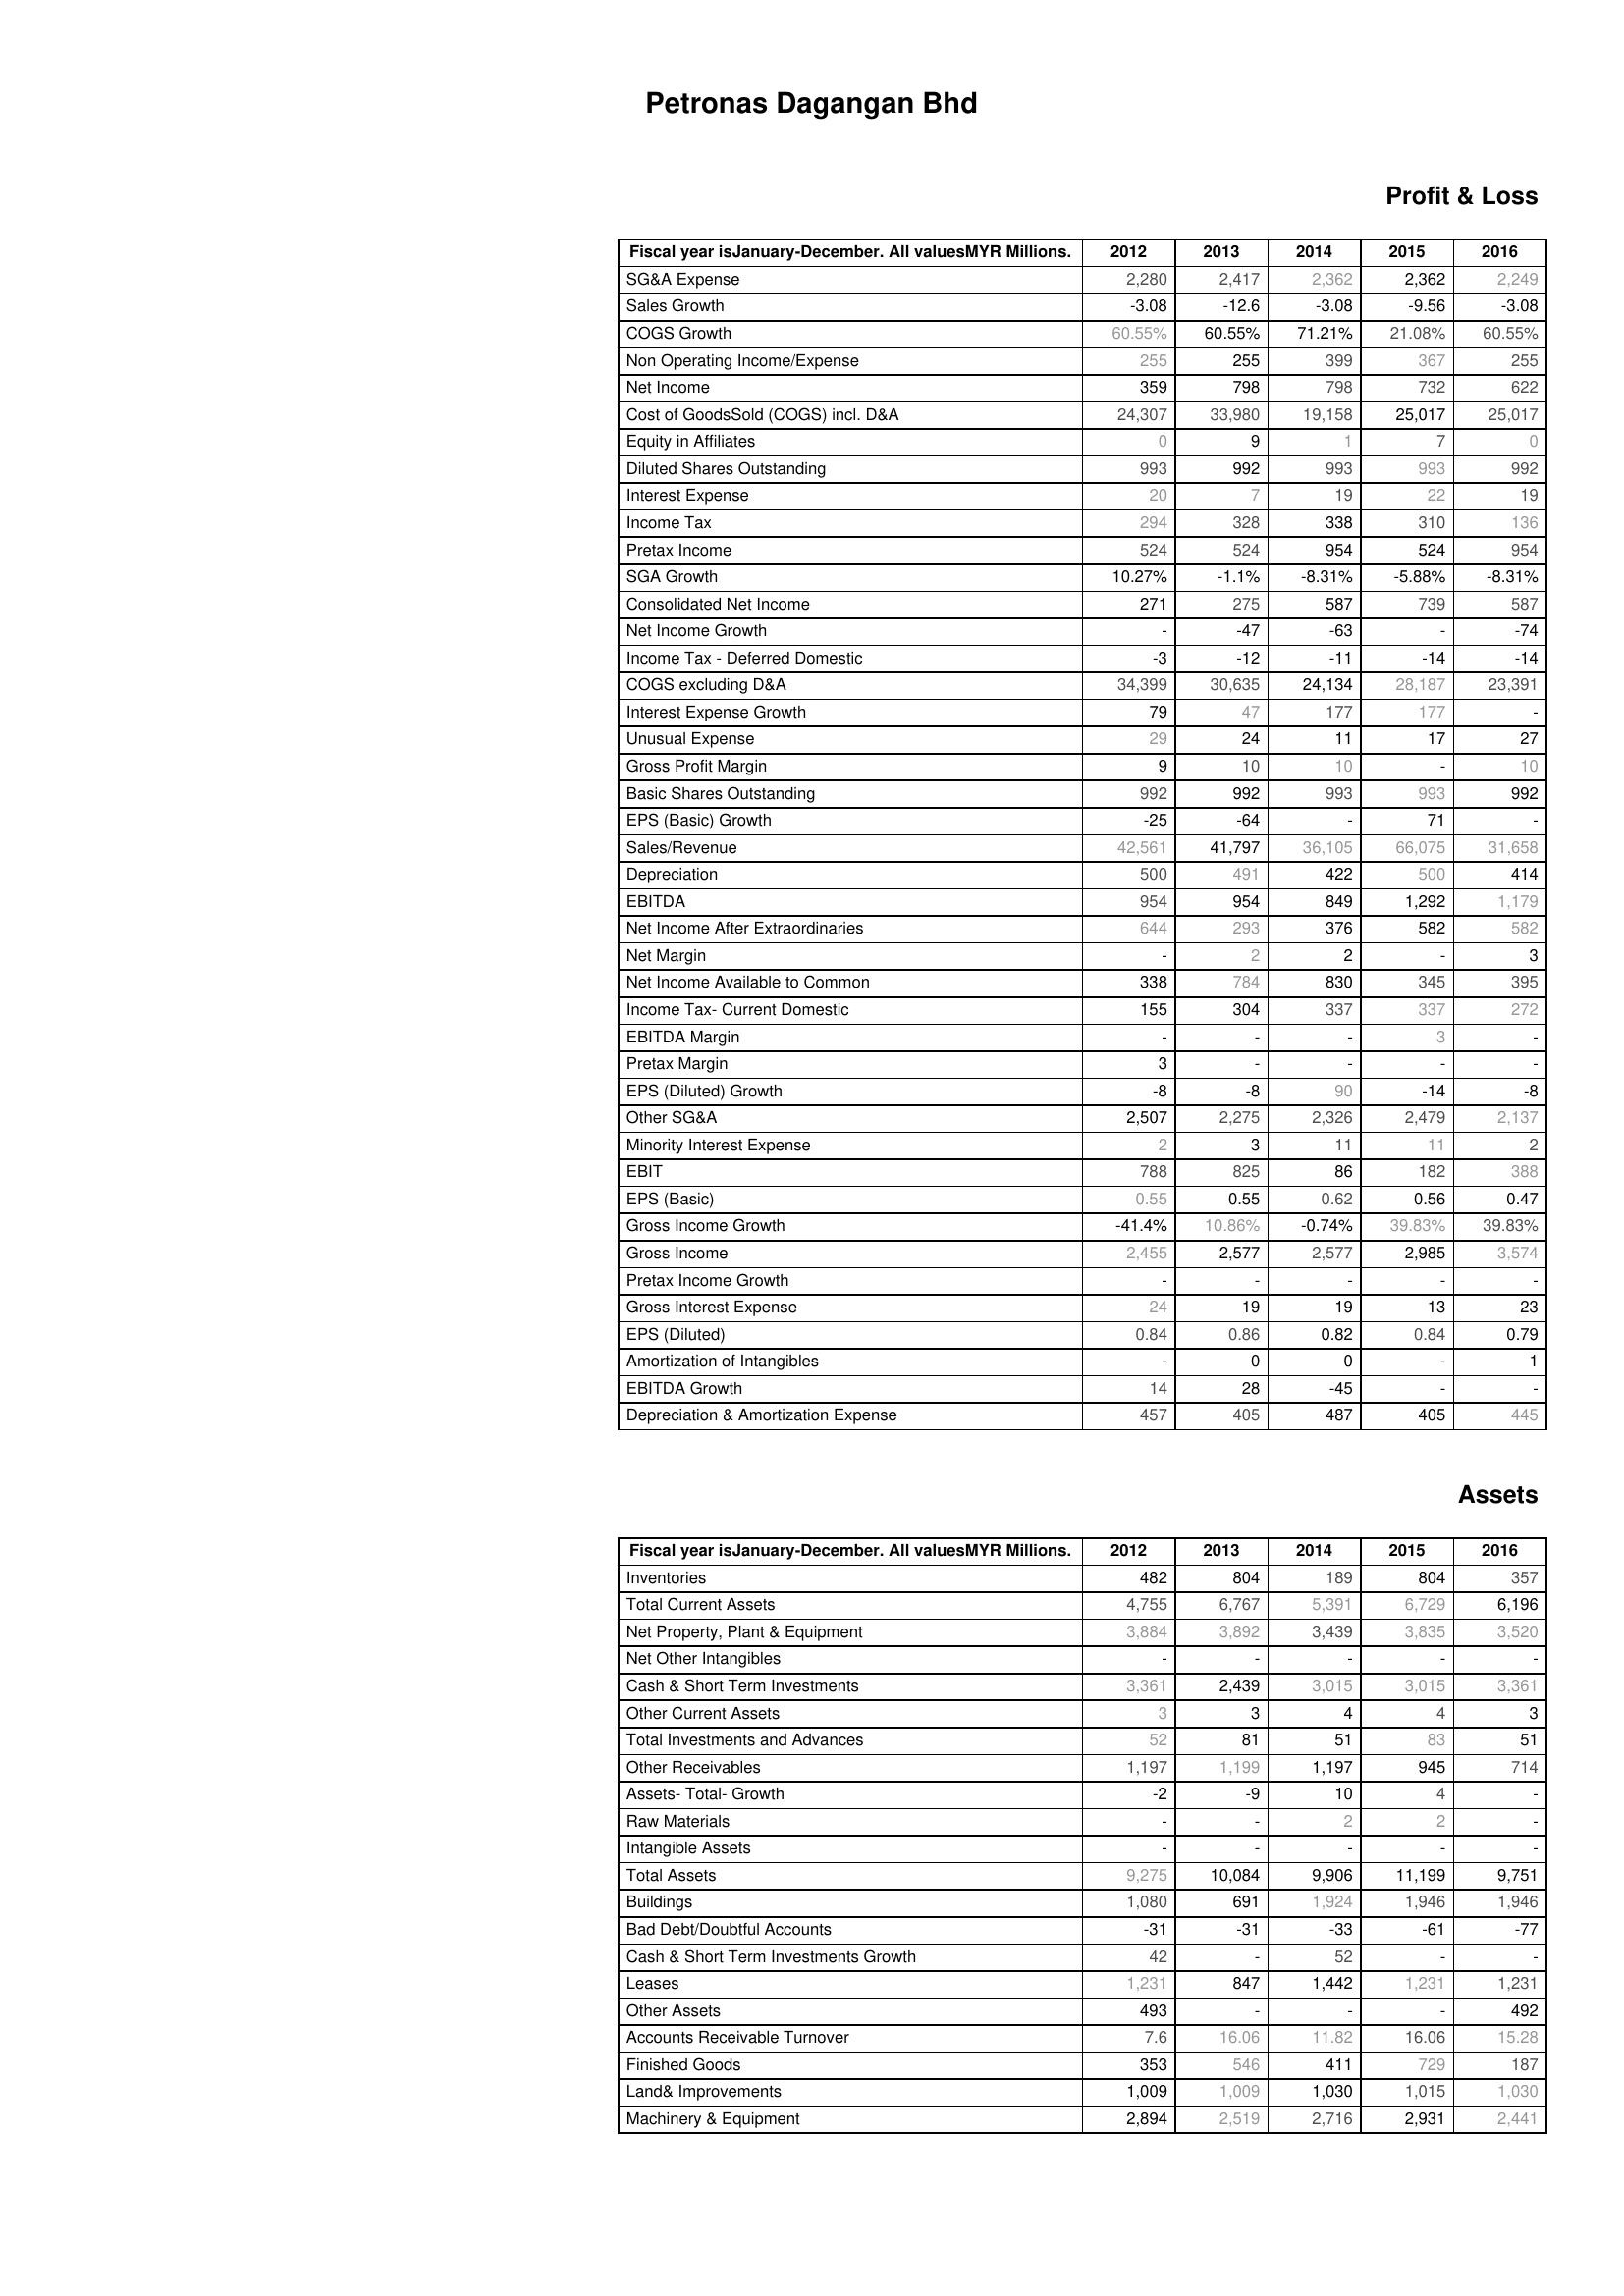
2012: Profit & Loss: SG&A Expense: 2,280
Sales Growth: -3.08
COGS Growth: 60.55%
Non Operating Income/Expense: 255
Net Income: 359
Cost of GoodsSold (COGS) incl. D&A: 24,307
Equity in Affiliates: 0
Diluted Shares Outstanding: 993
Interest Expense: 20
Income Tax: 294
Pretax Income: 524
SGA Growth: 10.27%
Consolidated Net Income: 271
Net Income Growth: -
Income Tax - Deferred Domestic: -3
COGS excluding D&A: 34,399
Interest Expense Growth: 79
Unusual Expense: 29
Gross Profit Margin: 9
Basic Shares Outstanding: 992
EPS (Basic) Growth: -25
Sales/Revenue: 42,561
Depreciation: 500
EBITDA: 954
Net Income After Extraordinaries: 644
Net Margin: -
Net Income Available to Common: 338
Income Tax- Current Domestic: 155
EBITDA Margin: -
Pretax Margin: 3
EPS (Diluted) Growth: -8
Other SG&A: 2,507
Minority Interest Expense: 2
EBIT: 788
EPS (Basic): 0.55
Gross Income Growth: -41.4%
Gross Income: 2,455
Pretax Income Growth: -
Gross Interest Expense: 24
EPS (Diluted): 0.84
Amortization of Intangibles: -
EBITDA Growth: 14
Depreciation & Amortization Expense: 457
Assets: Inventories: 482
Total Current Assets: 4,755
Net Property, Plant & Equipment: 3,884
Net Other Intangibles: -
Cash & Short Term Investments: 3,361
Other Current Assets: 3
Total Investments and Advances: 52
Other Receivables: 1,197
Assets- Total- Growth: -2
Raw Materials: -
Intangible Assets: -
Total Assets: 9,275
Buildings: 1,080
Bad Debt/Doubtful Accounts: -31
Cash & Short Term Investments Growth: 42
Leases: 1,231
Other Assets: 493
Accounts Receivable Turnover: 7.6
Finished Goods: 353
Land& Improvements: 1,009
Machinery & Equipment: 2,894
2013: Profit & Loss: SG&A Expense: 2,417
Sales Growth: -12.6
COGS Growth: 60.55%
Non Operating Income/Expense: 255
Net Income: 798
Cost of GoodsSold (COGS) incl. D&A: 33,980
Equity in Affiliates: 9
Diluted Shares Outstanding: 992
Interest Expense: 7
Income Tax: 328
Pretax Income: 524
SGA Growth: -1.1%
Consolidated Net Income: 275
Net Income Growth: -47
Income Tax - Deferred Domestic: -12
COGS excluding D&A: 30,635
Interest Expense Growth: 47
Unusual Expense: 24
Gross Profit Margin: 10
Basic Shares Outstanding: 992
EPS (Basic) Growth: -64
Sales/Revenue: 41,797
Depreciation: 491
EBITDA: 954
Net Income After Extraordinaries: 293
Net Margin: 2
Net Income Available to Common: 784
Income Tax- Current Domestic: 304
EBITDA Margin: -
Pretax Margin: -
EPS (Diluted) Growth: -8
Other SG&A: 2,275
Minority Interest Expense: 3
EBIT: 825
EPS (Basic): 0.55
Gross Income Growth: 10.86%
Gross Income: 2,577
Pretax Income Growth: -
Gross Interest Expense: 19
EPS (Diluted): 0.86
Amortization of Intangibles: 0
EBITDA Growth: 28
Depreciation & Amortization Expense: 405
Assets: Inventories: 804
Total Current Assets: 6,767
Net Property, Plant & Equipment: 3,892
Net Other Intangibles: -
Cash & Short Term Investments: 2,439
Other Current Assets: 3
Total Investments and Advances: 81
Other Receivables: 1,199
Assets- Total- Growth: -9
Raw Materials: -
Intangible Assets: -
Total Assets: 10,084
Buildings: 691
Bad Debt/Doubtful Accounts: -31
Cash & Short Term Investments Growth: -
Leases: 847
Other Assets: -
Accounts Receivable Turnover: 16.06
Finished Goods: 546
Land& Improvements: 1,009
Machinery & Equipment: 2,519
2014: Profit & Loss: SG&A Expense: 2,362
Sales Growth: -3.08
COGS Growth: 71.21%
Non Operating Income/Expense: 399
Net Income: 798
Cost of GoodsSold (COGS) incl. D&A: 19,158
Equity in Affiliates: 1
Diluted Shares Outstanding: 993
Interest Expense: 19
Income Tax: 338
Pretax Income: 954
SGA Growth: -8.31%
Consolidated Net Income: 587
Net Income Growth: -63
Income Tax - Deferred Domestic: -11
COGS excluding D&A: 24,134
Interest Expense Growth: 177
Unusual Expense: 11
Gross Profit Margin: 10
Basic Shares Outstanding: 993
EPS (Basic) Growth: -
Sales/Revenue: 36,105
Depreciation: 422
EBITDA: 849
Net Income After Extraordinaries: 376
Net Margin: 2
Net Income Available to Common: 830
Income Tax- Current Domestic: 337
EBITDA Margin: -
Pretax Margin: -
EPS (Diluted) Growth: 90
Other SG&A: 2,326
Minority Interest Expense: 11
EBIT: 86
EPS (Basic): 0.62
Gross Income Growth: -0.74%
Gross Income: 2,577
Pretax Income Growth: -
Gross Interest Expense: 19
EPS (Diluted): 0.82
Amortization of Intangibles: 0
EBITDA Growth: -45
Depreciation & Amortization Expense: 487
Assets: Inventories: 189
Total Current Assets: 5,391
Net Property, Plant & Equipment: 3,439
Net Other Intangibles: -
Cash & Short Term Investments: 3,015
Other Current Assets: 4
Total Investments and Advances: 51
Other Receivables: 1,197
Assets- Total- Growth: 10
Raw Materials: 2
Intangible Assets: -
Total Assets: 9,906
Buildings: 1,924
Bad Debt/Doubtful Accounts: -33
Cash & Short Term Investments Growth: 52
Leases: 1,442
Other Assets: -
Accounts Receivable Turnover: 11.82
Finished Goods: 411
Land& Improvements: 1,030
Machinery & Equipment: 2,716
2015: Profit & Loss: SG&A Expense: 2,362
Sales Growth: -9.56
COGS Growth: 21.08%
Non Operating Income/Expense: 367
Net Income: 732
Cost of GoodsSold (COGS) incl. D&A: 25,017
Equity in Affiliates: 7
Diluted Shares Outstanding: 993
Interest Expense: 22
Income Tax: 310
Pretax Income: 524
SGA Growth: -5.88%
Consolidated Net Income: 739
Net Income Growth: -
Income Tax - Deferred Domestic: -14
COGS excluding D&A: 28,187
Interest Expense Growth: 177
Unusual Expense: 17
Gross Profit Margin: -
Basic Shares Outstanding: 993
EPS (Basic) Growth: 71
Sales/Revenue: 66,075
Depreciation: 500
EBITDA: 1,292
Net Income After Extraordinaries: 582
Net Margin: -
Net Income Available to Common: 345
Income Tax- Current Domestic: 337
EBITDA Margin: 3
Pretax Margin: -
EPS (Diluted) Growth: -14
Other SG&A: 2,479
Minority Interest Expense: 11
EBIT: 182
EPS (Basic): 0.56
Gross Income Growth: 39.83%
Gross Income: 2,985
Pretax Income Growth: -
Gross Interest Expense: 13
EPS (Diluted): 0.84
Amortization of Intangibles: -
EBITDA Growth: -
Depreciation & Amortization Expense: 405
Assets: Inventories: 804
Total Current Assets: 6,729
Net Property, Plant & Equipment: 3,835
Net Other Intangibles: -
Cash & Short Term Investments: 3,015
Other Current Assets: 4
Total Investments and Advances: 83
Other Receivables: 945
Assets- Total- Growth: 4
Raw Materials: 2
Intangible Assets: -
Total Assets: 11,199
Buildings: 1,946
Bad Debt/Doubtful Accounts: -61
Cash & Short Term Investments Growth: -
Leases: 1,231
Other Assets: -
Accounts Receivable Turnover: 16.06
Finished Goods: 729
Land& Improvements: 1,015
Machinery & Equipment: 2,931
2016: Profit & Loss: SG&A Expense: 2,249
Sales Growth: -3.08
COGS Growth: 60.55%
Non Operating Income/Expense: 255
Net Income: 622
Cost of GoodsSold (COGS) incl. D&A: 25,017
Equity in Affiliates: 0
Diluted Shares Outstanding: 992
Interest Expense: 19
Income Tax: 136
Pretax Income: 954
SGA Growth: -8.31%
Consolidated Net Income: 587
Net Income Growth: -74
Income Tax - Deferred Domestic: -14
COGS excluding D&A: 23,391
Interest Expense Growth: -
Unusual Expense: 27
Gross Profit Margin: 10
Basic Shares Outstanding: 992
EPS (Basic) Growth: -
Sales/Revenue: 31,658
Depreciation: 414
EBITDA: 1,179
Net Income After Extraordinaries: 582
Net Margin: 3
Net Income Available to Common: 395
Income Tax- Current Domestic: 272
EBITDA Margin: -
Pretax Margin: -
EPS (Diluted) Growth: -8
Other SG&A: 2,137
Minority Interest Expense: 2
EBIT: 388
EPS (Basic): 0.47
Gross Income Growth: 39.83%
Gross Income: 3,574
Pretax Income Growth: -
Gross Interest Expense: 23
EPS (Diluted): 0.79
Amortization of Intangibles: 1
EBITDA Growth: -
Depreciation & Amortization Expense: 445
Assets: Inventories: 357
Total Current Assets: 6,196
Net Property, Plant & Equipment: 3,520
Net Other Intangibles: -
Cash & Short Term Investments: 3,361
Other Current Assets: 3
Total Investments and Advances: 51
Other Receivables: 714
Assets- Total- Growth: -
Raw Materials: -
Intangible Assets: -
Total Assets: 9,751
Buildings: 1,946
Bad Debt/Doubtful Accounts: -77
Cash & Short Term Investments Growth: -
Leases: 1,231
Other Assets: 492
Accounts Receivable Turnover: 15.28
Finished Goods: 187
Land& Improvements: 1,030
Machinery & Equipment: 2,441